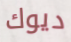
ديوك